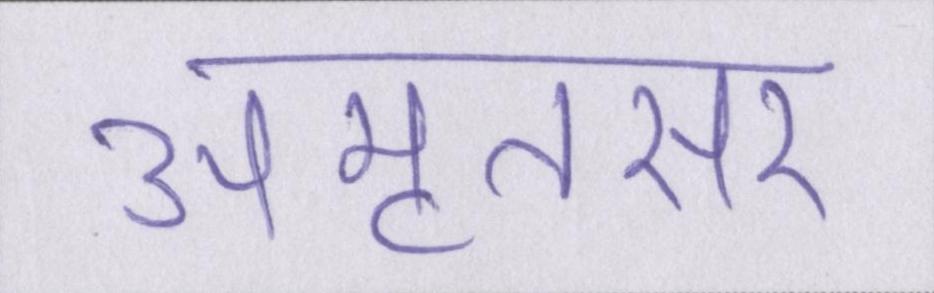
अमृतसर